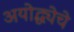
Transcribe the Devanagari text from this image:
अयोद्ध्येचे